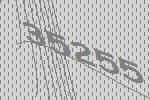
35255